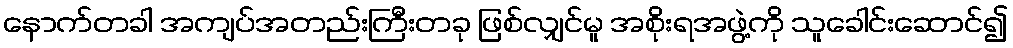
နောက်တခါ အကျပ်အတည်းကြီးတခု ဖြစ်လျှင်မူ အစိုးရအဖွဲ့ကို သူခေါင်းဆောင်၍